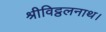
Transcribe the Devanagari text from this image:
श्रीविट्ठलनाथ।